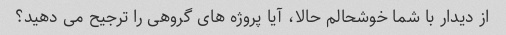
از دیدار با شما خوشحالم حالا، آیا پروژه های گروهی را ترجیح می دهید؟